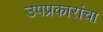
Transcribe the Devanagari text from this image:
उपप्रकारांचा